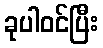
ခုပါဝင်ပြီး